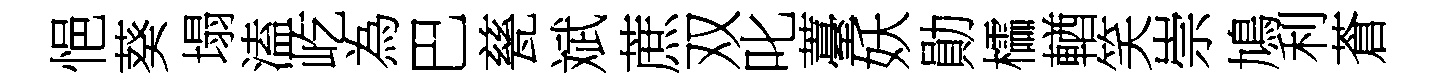
悒葵塌溘屹為巴甆斌蔗双叱薹妖勛櫺輶笑崇鳩利蒼